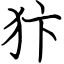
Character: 犿